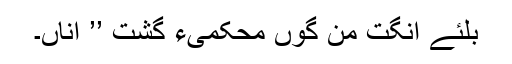
بلئے انگت من گوں محکمیءَ گُشت ’’ اِناں۔